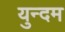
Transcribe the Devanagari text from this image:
युन्दम